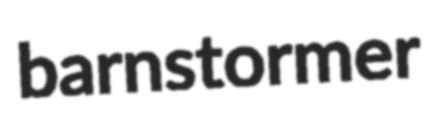
barnstormer